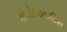
કૉરોઇડાઇટિસ